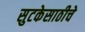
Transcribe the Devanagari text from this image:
सुटकेसाठीचे